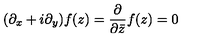
( \partial _ { x } + i \partial _ { y } ) f ( z ) = \frac { \partial } { \partial \bar { z } } f ( z ) = 0